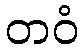
တဝံ